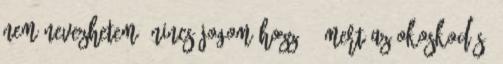
nem nevezhetem, nincs jogom hozzá , mert az okoskodás,